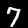
Label: 7